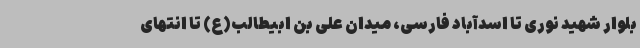
بلوار شهید نوری تا اسدآباد فارسی، میدان علی بن ابیطالب(ع) تا انتهای